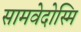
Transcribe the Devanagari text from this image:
सामवेदोस्मि